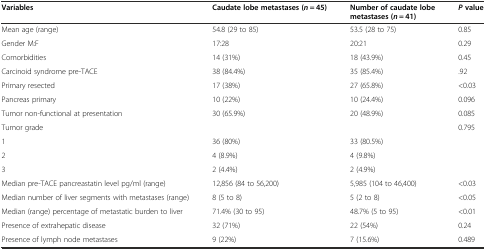
<table><thead><tr><td><b>Variables</b></td><td><b>Caudate lobe metastases (<i>n</i> = 45)</b></td><td><b>Number of caudate lobe metastases (<i>n</i> = 41)</b></td><td><b><i>P</i>value</b></td></tr></thead><tbody><tr><td>Mean age (range)</td><td>54.8 (29 to 85)</td><td>53.5 (28 to 75)</td><td>0.85</td></tr><tr><td>Gender M:F</td><td>17:28</td><td>20:21</td><td>0.29</td></tr><tr><td>Comorbidities</td><td>14 (31%)</td><td>18 (43.9%)</td><td>0.45</td></tr><tr><td>Carcinoid syndrome pre-TACE</td><td>38 (84.4%)</td><td>35 (85.4%)</td><td>.92</td></tr><tr><td>Primary resected</td><td>17 (38%)</td><td>27 (65.8%)</td><td>&lt;0.03</td></tr><tr><td>Pancreas primary</td><td>10 (22%)</td><td>10 (24.4%)</td><td>0.096</td></tr><tr><td>Tumor non-functional at presentation</td><td>30 (65.9%)</td><td>20 (48.9%)</td><td>0.085</td></tr><tr><td>Tumor grade</td><td></td><td></td><td>0.795</td></tr><tr><td>1</td><td>36 (80%)</td><td>33 (80.5%)</td><td></td></tr><tr><td>2</td><td>4 (8.9%)</td><td>4 (9.8%)</td><td></td></tr><tr><td>3</td><td>2 (4.4%)</td><td>2 (4.9%)</td><td></td></tr><tr><td>Median pre-TACE pancreastatin level pg/ml (range)</td><td>12,856 (84 to 56,200)</td><td>5,985 (104 to 46,400)</td><td>&lt;0.03</td></tr><tr><td>Median number of liver segments with metastases (range)</td><td>8 (5 to 8)</td><td>5 (2 to 8)</td><td>&lt;0.05</td></tr><tr><td>Median (range) percentage of metastatic burden to liver</td><td>71.4% (30 to 95)</td><td>48.7% (5 to 95)</td><td>&lt;0.01</td></tr><tr><td>Presence of extrahepatic disease</td><td>32 (71%)</td><td>22 (54%)</td><td>0.24</td></tr><tr><td>Presence of lymph node metastases</td><td>9 (22%)</td><td>7 (15.6%)</td><td>0.489</td></tr></tbody></table>